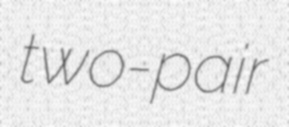
two-pair